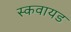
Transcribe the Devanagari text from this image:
स्कवायड